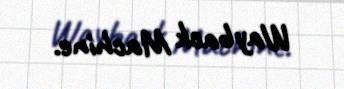
Wayback Machine.